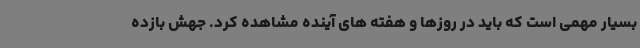
بسیار مهمی است که باید در روزها و هفته های آینده مشاهده کرد. جهش بازده